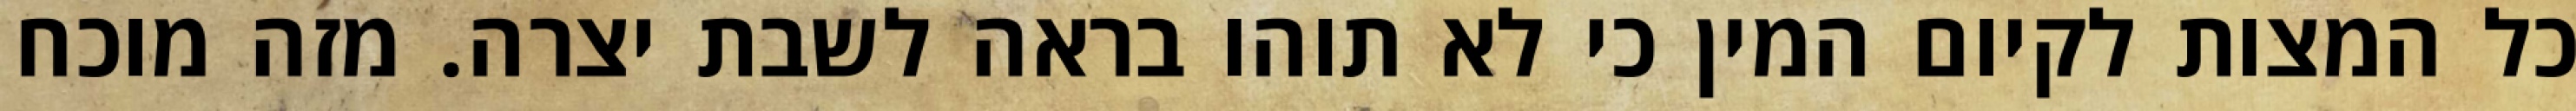
כל המצות לקיום המין כי לא תוהו בראה לשבת יצרה. מזה מוכח